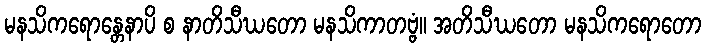
မနသိကရောန္တေနာပိ စ နာတိသီဃတော မနသိကာတဗ္ဗံ။ အတိသီဃတော မနသိကရောတော